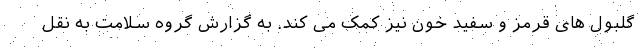
گلبول های قرمز و سفید خون نیز کمک می کند. به گزارش گروه سلامت به نقل